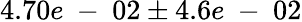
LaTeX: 4.70e\mathrm{~-~}02\pm 4.6e\mathrm{~-~}02